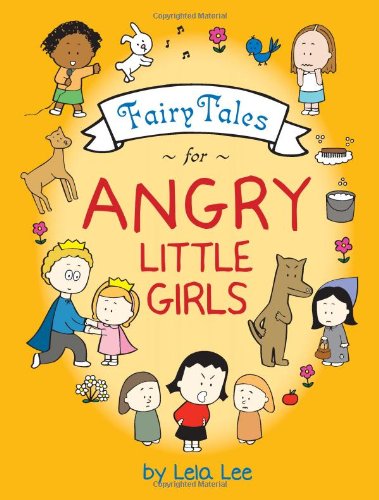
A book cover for Fairy Tales for Angry Little Girls; Lela Lee; Comics & Graphic Novels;